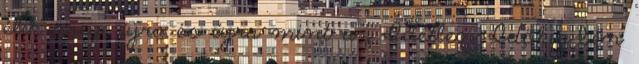
élik meg, újra és újra mint az Idétlen Időkig-ben